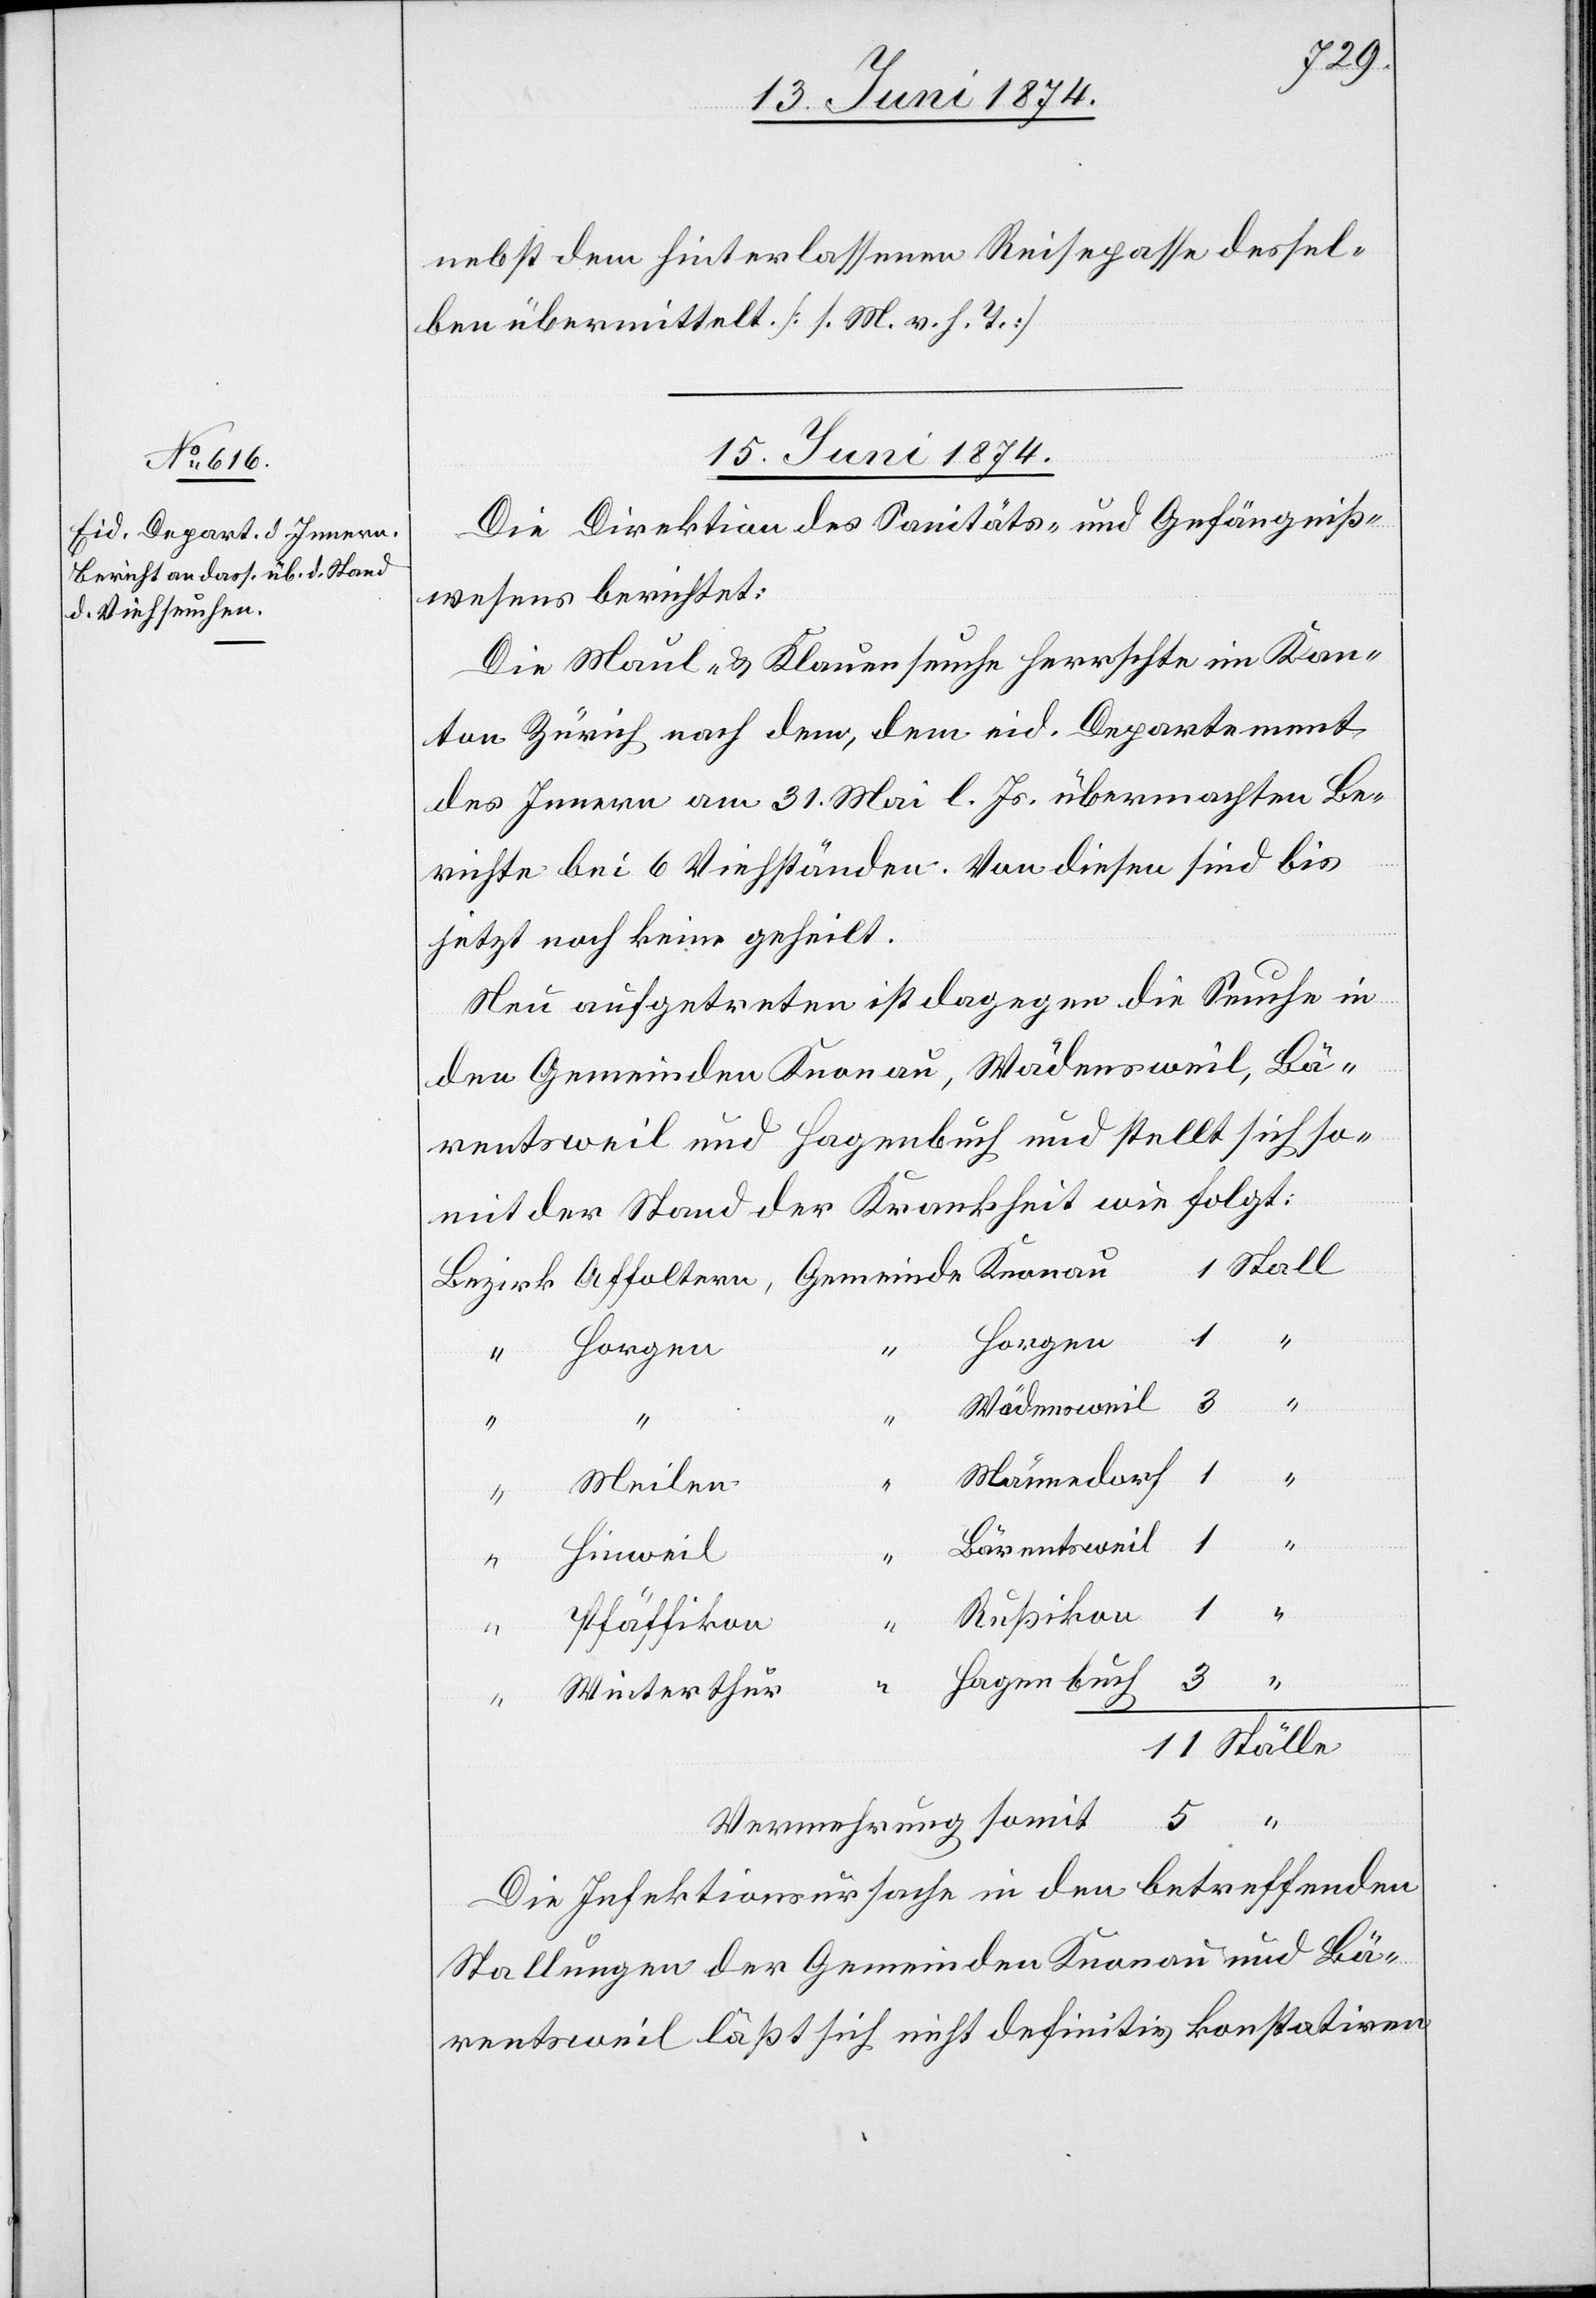
11
nebst dem hinterlassenen Reisepasse dessel¬
ben übermittelt. [l. M. v. h. T.]
15. Juni 1874.
Die Direktion des Sanitäts- und Gefängniß¬
wesens berichtet:
Die Maul- u. Klauenseuche herrschte im Kan¬
ton Zürich nach dem, dem eid. Departement
des Innern am 31. Mai l. Js. übermachten Be¬
richte bei 6 Viehständen. Von diesen sind bis
jetzt noch keine geheilt.
Neu aufgetreten ist dagegen die Seuche in
den Gemeinden Knonau, Wädensweil, Bä¬
rentsweil und Hagenbuch und stellt sich so¬
mit der Stand der Krankheit wie folgt:
1
Horgen
Wädensweil
“
Männedorf
Meilen
Bärentsweil
Hinweil
“
Rußikon
Pfäffikon
“
Winterthur
Ställe
Vermehrung somit
Die Infektionsursache in den betreffenden
Stallungen der Gemeinden Knonau und Bä¬
rentsweil läßt sich nicht definitiv konstatiren